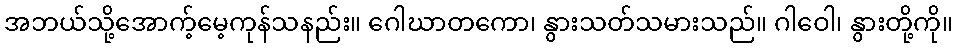
အဘယ်သို့အောက့်မေ့ကုန်သနည်း။ ဂေါဃာတကော၊ နွားသတ်သမားသည်။ ဂါဝေါ၊ နွားတို့ကို။